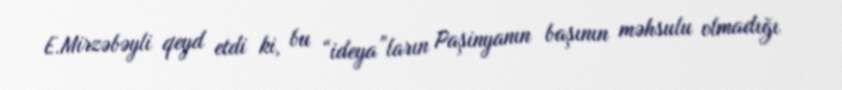
E.Mirzəbəyli qeyd etdi ki, bu “ideya”ların Paşinyanın başının məhsulu olmadığı